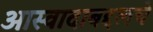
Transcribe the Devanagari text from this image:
आस्वादाबद्दलचे